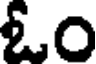
ఓం